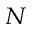
_ N